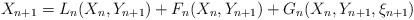
\begin{align*}X_{n+1} = L_n(X_n, Y_{n+1})+ F_n(X_n, Y_{n+1}) + G_n(X_n,Y_{n+1},\xi_{n+1})\end{align*}